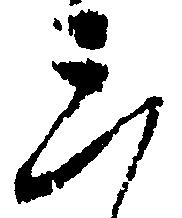
三